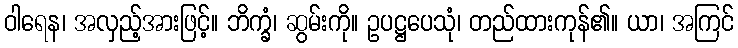
ဝါရေန၊ အလှည့်အားဖြင့်။ ဘိက္ခံ၊ ဆွမ်းကို။ ဥပဋ္ဌပေသုံ၊ တည်ထားကုန်၏။ ယာ၊ အကြင်